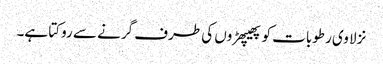
نزلا وی رطوبات کو پھیپھڑوں کی طرف گرنے سے روکتا ہے۔